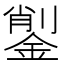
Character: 𨨺